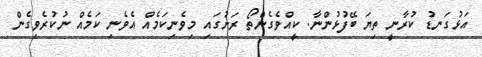
އަޅުގަނޑު ކުރާނީ ތިޔަ ބޭފުޅުންނާ. ކީއްވެގެންތޯ ރަށުގައި މިވެނިކަމެއް އެވެނި ކަމެއް ނުކުރެވިގެން